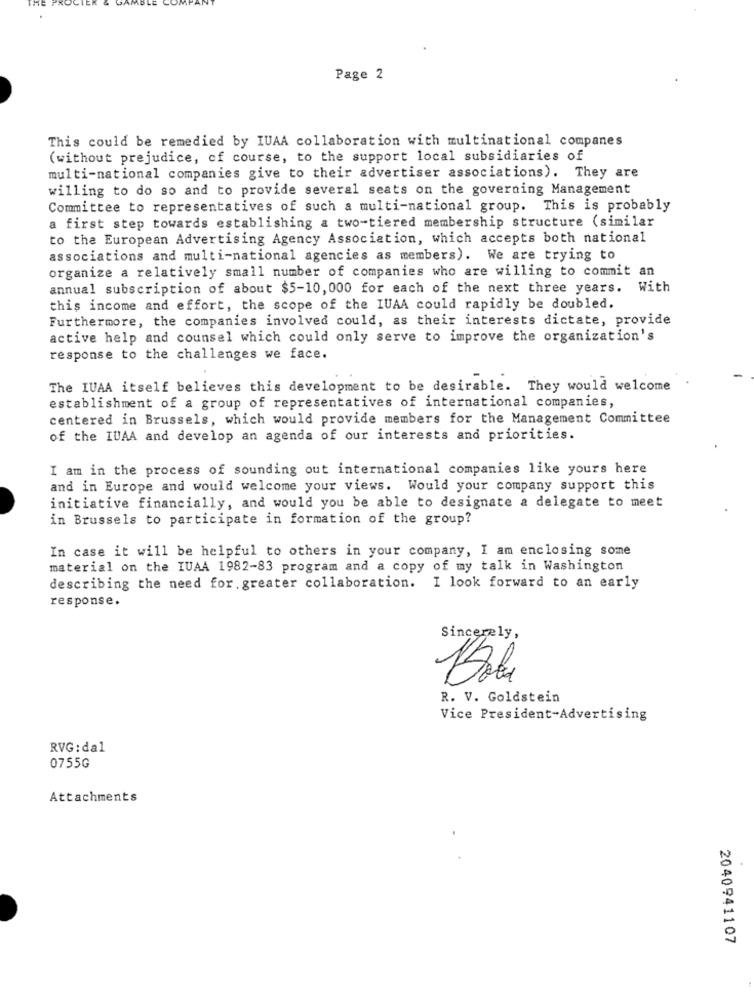
Page 2
This could be remedied by IUAA collaboration with multinational companes
(without prejudice, of course, to the support local subsidiaries of
multi-national companies give to their advertiser associations). They are
willing to do so and to provide several seats on the governing Management
Committee to representatives of such a multi-national group. This is probably
a first step towards establishing a two-tiered membership structure (similar
to the European Advertising Agency Association, which accepts both national
associations and multi-national agencies as members). We are trying to
organize a relatively small number of companies who are willing to commit an
annual subscription of about $5-10, 000 for each of the next three years. With
this income and effort, the scope of the IUAA could rapidly be doubled.
Furthermore, the companies involved could, as their interests dictate, provide
active help and counsel which could only serve to improve the organization's
response to the challenges we face.
The IUAA itself believes this development to be desirable. They would welcome
establishment of a group of representatives of international companies,
centered in Brussels, which would provide members for the Management Committee
of the IUAA and develop an agenda of our interests and priorities.
I am in the process of sounding out international companies like yours here
and in Europe and would welcome your views. Would your company support this
initiative financially, and would you be able to designate a delegate to meet
in Brussels to participate in formation of the group?
In case it will be helpful to others in your company, I am enclosing some
material on the IUAA 1982-83 program and a copy of my talk in Washington
describing the need for. greater collaboration. I look forward to an early
response.
Sincerely,
Bola
R. V. Goldstein
Vice President-Advertising
RVG: dal
0755G
Attachments
2040941107